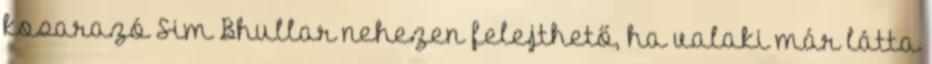
kosarazó Sim Bhullar nehezen felejthető, ha valaki már látta